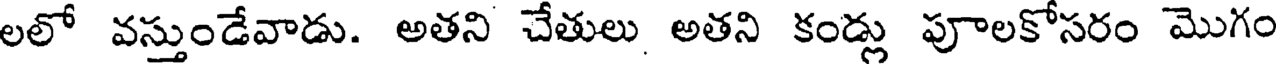
లలో వస్తుండేవాడు. అతని చేతులు అతని కండ్లు పూలకోసరం మొగం